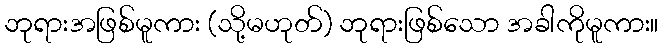
ဘုရားအဖြစ်မူကား (သို့မဟုတ်) ဘုရားဖြစ်သော အခါကိုမူကား။